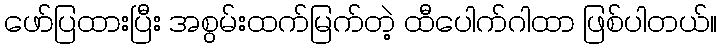
ဖော်ပြထားပြီး အစွမ်းထက်မြက်တဲ့ ထီပေါက်ဂါထာ ဖြစ်ပါတယ်။